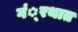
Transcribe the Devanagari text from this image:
गं्रथात